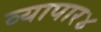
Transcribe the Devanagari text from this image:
व्यापार४